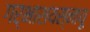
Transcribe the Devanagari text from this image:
गर्भाशयस्नायू